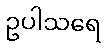
ဥပါသရေ